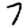
Digit: 7